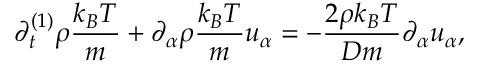
\partial _ { t } ^ { ( 1 ) } \rho \frac { k _ { B } T } { m } + \partial _ { \alpha } \rho \frac { k _ { B } T } { m } u _ { \alpha } = - \frac { 2 \rho k _ { B } T } { D m } \partial _ { \alpha } u _ { \alpha } ,